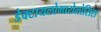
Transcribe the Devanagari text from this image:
डेक्टायलोगारोलोसिस